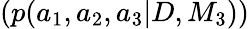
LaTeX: (p(a_{1},a_{2},a_{3}|D,M_{3}))